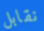
نقابل